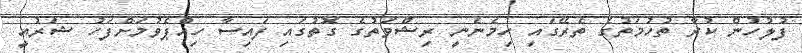
ފުލުހުން ކުރާ ތުހުމަތުގެ ތެރޭގައި ހިމެނެނީ ރިޝްވަތުގެ ގޮތުގައި ފައިސާ ހިއްޕެވުމަށްފަހު ޝަރުއީ